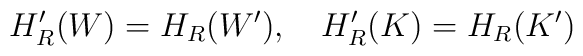
H_{R}^{\prime }(W)=H_{R}(W^{\prime }),\quad H_{R}^{\prime}(K)=H_{R}(K^{\prime })